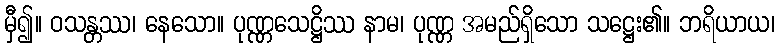
မှီ၍။ ဝသန္တဿ၊ နေသော။ ပုဏ္ဏသေဋ္ဌိဿ နာမ၊ ပုဏ္ဏ အမည်ရှိသော သဋ္ဌေး၏။ ဘရိယာယ၊